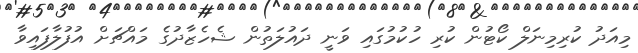
މިއަދު ކުރިމިނަލް ކޯޓުން ކުރި ހުކުމުގައި ވަނީ ދައުލަތުން ޝެހެޒާދުގެ މައްޗަށް އުފުލާފައިވާ